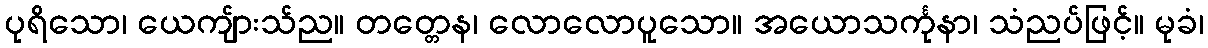
ပုရိသော၊ ယေကျ်ားသ်ည။ တတ္တေန၊ လောလောပူသော။ အယောသင်္ကုနာ၊ သံညပ်ဖြင့်။ မုခံ၊